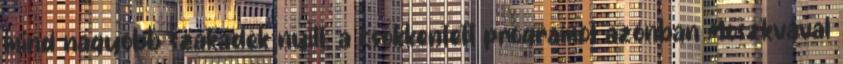
mind nagyobb szakadék nyílt, a csökkentett programot azonban Moszkvával